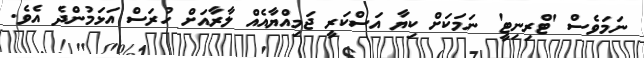
ނަމަވެސް 'ޓްރިނިޓީ' ނަމަކަށް ކިޔާ އަސްކަރީ ޖަމިއްޔާއެއް ލާރާއަށް ހުރަސް އަޅަމުންދެ އެވެ.